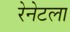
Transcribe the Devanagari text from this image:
रेनेटला